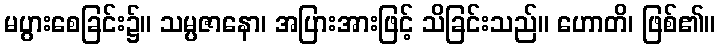
မပွားစေခြင်း၌။ သမ္ပဇာနော၊ အပြားအားဖြင့် သိခြင်းသည်။ ဟောတိ၊ ဖြစ်၏။